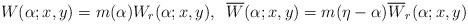
\begin{align*}W(\alpha;x,y)= m(\alpha) W_r(\alpha;x,y), \;\;\overline{W}(\alpha;x,y)= m(\eta-\alpha)\overline{W}_r(\alpha;x,y)\end{align*}